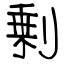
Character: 剰